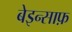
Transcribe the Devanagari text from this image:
बेइन्साफ़